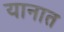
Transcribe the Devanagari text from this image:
यानात